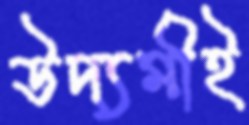
উদ্যমীই